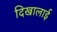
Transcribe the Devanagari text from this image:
दिखालाई